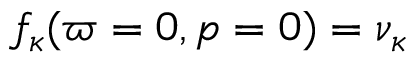
f _ { \kappa } ( \varpi = 0 , p = 0 ) = \nu _ { \kappa }